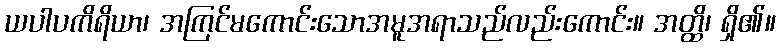
ယပါပကိရိယာ၊ အကြင်မကောင်းသောအမူအရာသည်လည်းကောင်း။ အတ္ထိ၊ ရှိ၏။